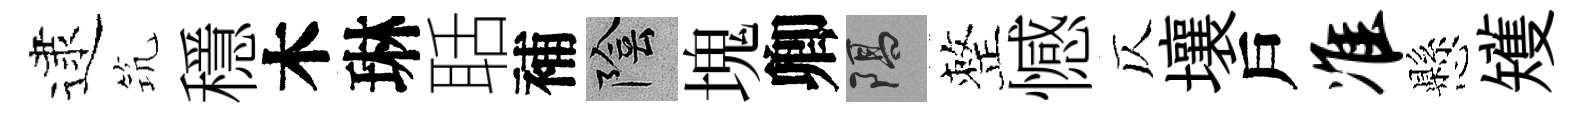
逮𥬑穩木琳聒補陰塊卿隔整憾仄壤戶准懸矱